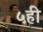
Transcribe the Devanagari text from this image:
५ही